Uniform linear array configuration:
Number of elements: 4
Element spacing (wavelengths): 0.75
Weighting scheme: uniform
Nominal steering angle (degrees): -45
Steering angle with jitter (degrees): -44.065
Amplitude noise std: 0.05
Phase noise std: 0.05

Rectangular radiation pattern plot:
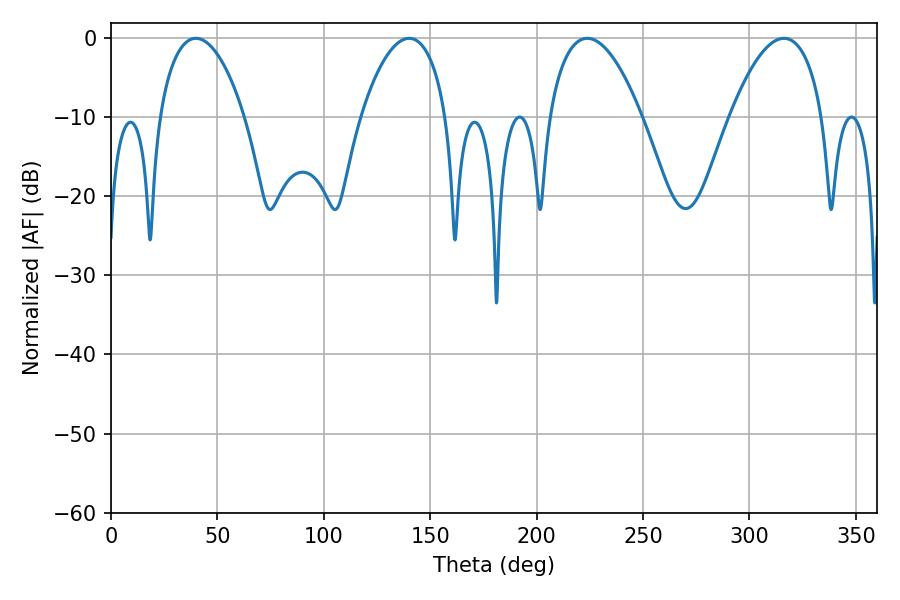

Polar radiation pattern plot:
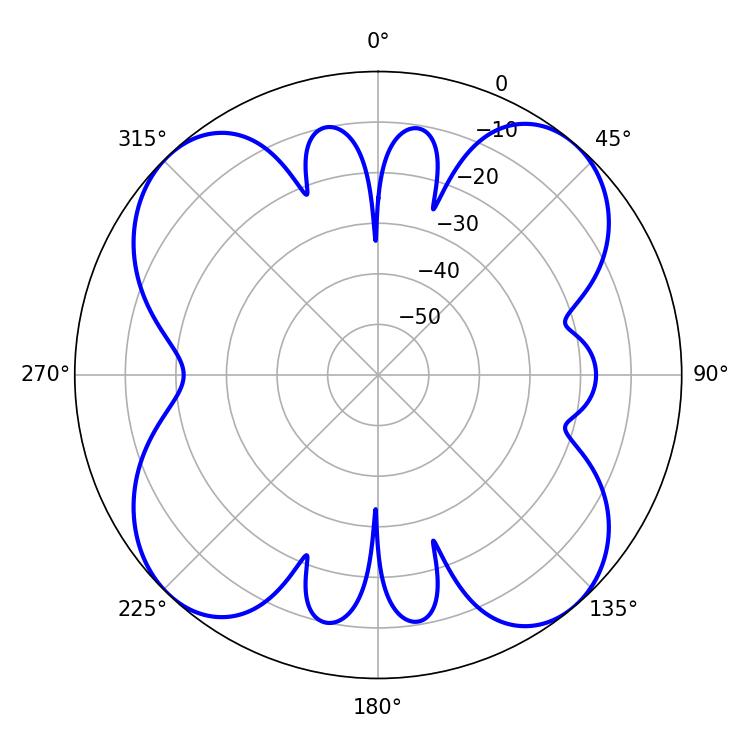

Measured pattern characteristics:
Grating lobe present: TRUE
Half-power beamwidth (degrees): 24.3
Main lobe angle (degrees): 223.74